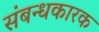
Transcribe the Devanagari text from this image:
संबन्धकारक